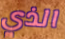
الذي